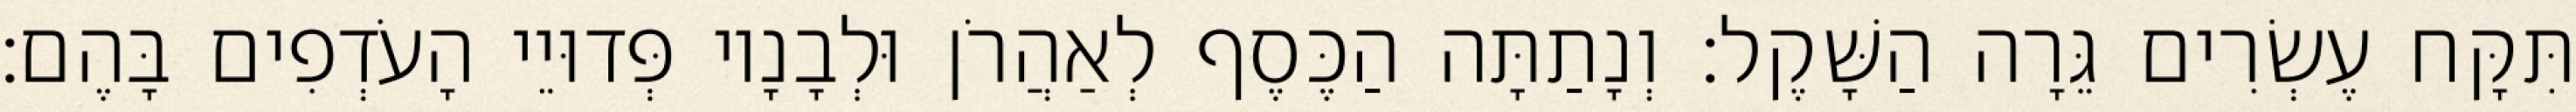
תִּקָּח עֶשְׂרִים גֵּרָה הַשָּׁקֶל׃ וְנָתַתָּה הַכֶּסֶף לְאַהֲרֹן וּלְבָנָיו פְּדוּיֵי הָעֹדְפִים בָּהֶם׃